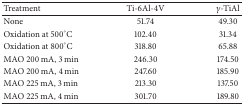
<table><thead><tr><td><b>Treatment</b></td><td><b>Ti-6Al-4V</b></td><td><b><i>γ</i>-TiAl</b></td></tr></thead><tbody><tr><td>None</td><td>51.74</td><td>49.30</td></tr><tr><td>Oxidation at 500°C</td><td>102.40</td><td>31.34</td></tr><tr><td>Oxidation at 800°C</td><td>318.80</td><td>65.88</td></tr><tr><td>MAO 200 mA, 3 min</td><td>246.30</td><td>174.50</td></tr><tr><td>MAO 200 mA, 4 min</td><td>247.60</td><td>185.90</td></tr><tr><td>MAO 225 mA, 3 min</td><td>213.30</td><td>137.50</td></tr><tr><td>MAO 225 mA, 4 min</td><td>301.70</td><td>189.80</td></tr></tbody></table>